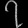
Digit: ၇